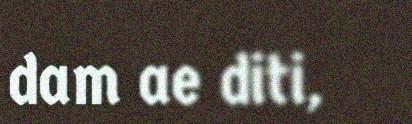
dam ae diti,